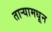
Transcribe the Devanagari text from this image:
ताऱ्यामधून